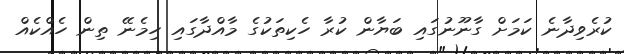
ކުރެވިދާނެ ކަމަށް ގާނޫނުގައި ބަޔާން ކުރާ ހެކިތަކުގެ މާއްދާގައި ހިމެނޭ ތިން ހެއްކެއް